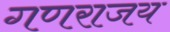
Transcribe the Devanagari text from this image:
गणराजय